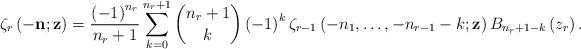
LaTeX: \begin{align*}\zeta_{r}\left(-\mathbf{n};\mathbf{z}\right) = \frac{\left(-1\right)^{n_{r}}}{n_{r}+1}\sum_{k=0}^{n_{r}+1}\binom{n_{r}+1}{k}\left(-1\right)^{k}\zeta_{r-1}\left(-n_{1},\dots,-n_{r-1}-k;\mathbf{z}\right)B_{n_{r}+1-k}\left(z_{r}\right).\end{align*}